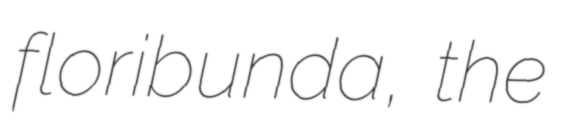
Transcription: floribunda, the